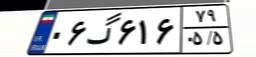
۰۱گ۵۱۷۳۰